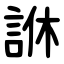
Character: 䛙